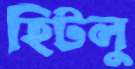
হিটলু